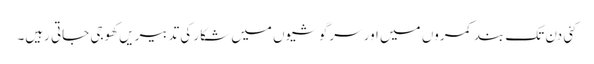
کئی دن تک بند کمروں میں اور سرگوشیوں میں شکار کی تدبیریں کھوجی جاتی رہیں۔